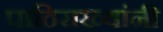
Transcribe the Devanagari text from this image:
पाठिराख्यांनी